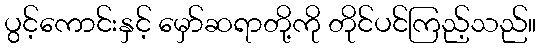
ပွင့်ကောင်းနှင့် မှော်ဆရာတို့ကို တိုင်ပင်ကြည့်သည်။